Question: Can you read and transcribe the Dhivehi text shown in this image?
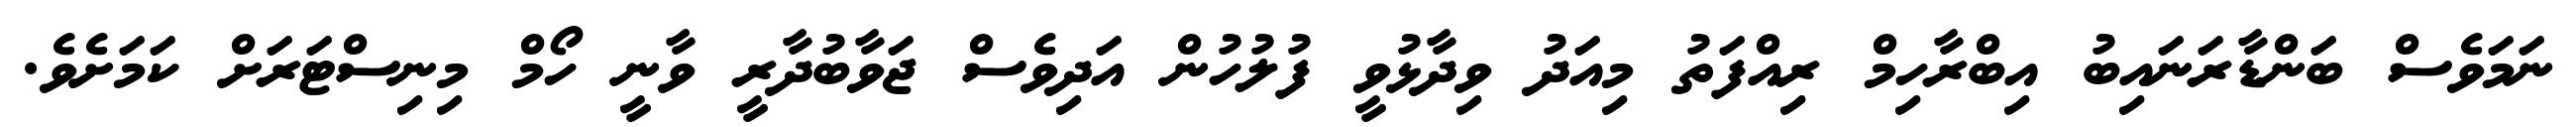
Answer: ނަމަވެސް ބަންޑާރަނައިބު އިބްރާހިމް ރިއްފަތު މިއަދު ވިދާޅުވީ ފުލުހުން އަދިވެސް ޖަވާބުދާރީ ވާނީ ހޯމް މިނިސްޓަރަށް ކަމަށެވެ.